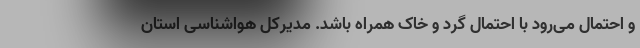
و احتمال می‌رود با احتمال گرد و خاک همراه باشد. مدیرکل هواشناسی استان